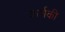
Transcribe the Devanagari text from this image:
कर्णकी